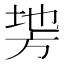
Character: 𭤵